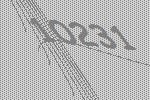
10231